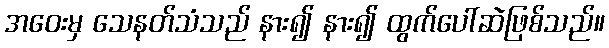
အဝေးမှ သေနတ်သံသည် နား၍ နား၍ ထွက်ပေါ်ဆဲဖြစ်သည်။